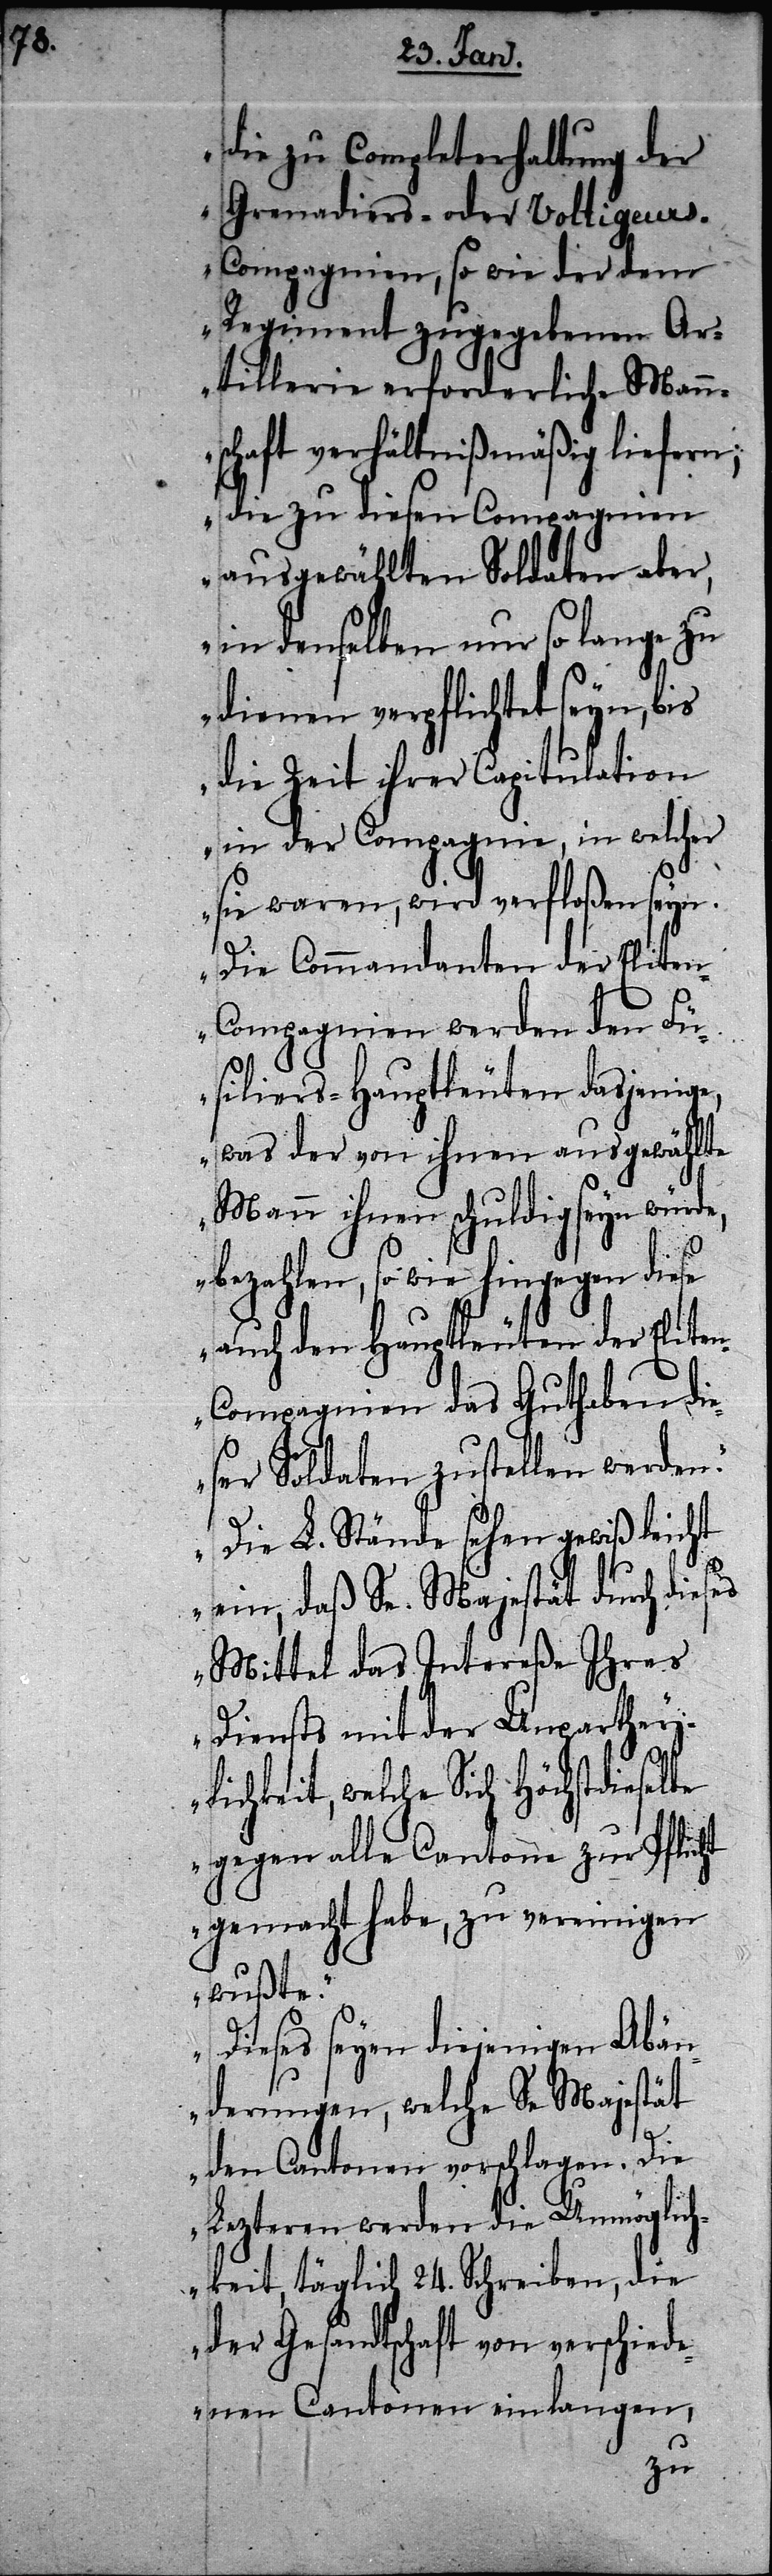
die zu Completerhaltung der
Grenadiers- oder Voltigeur¬
s-Compagnien, so wie der dem
Regiment zugegebenen Ar¬
tillerie erforderliche Mann¬
schaft verhältnißmäßig liefern;
die zu diesen Compagnien
ausgewählten Soldaten aber,
in denselben nur so lange zu
dienen verpflichtet seyn, bis
die Zeit ihrer Capitulation
in der Compagnie, in welcher
sie waren, wird verfloßen seyn.
Die Commandanten der Elite¬
n-Compagnien werden den Fü¬
siliers-Hauptleuten dasjenige,
was der von ihnen ausgewählte
Mann ihnen schuldig seyn würde,
bezahlen, so wie hingegen diese
auch den Hauptleuten der Elite¬
n-Compagnien das Guthaben di¬
eser Soldaten zustellen werden.“
„Die L. Stände sehen gewiß leicht
ein, daß Se. Majestät durch dieses
Mittel das Intereße Ihres
Diensts mit der Unparthei¬
lichkeit, welche Sich Höchstdieselbe
gegen alle Cantone zur Pflicht
gemacht habe, zu vereinigen
wußte.“
„Dieses seyen diejenigen Abän¬
derungen, welche Se Majestät
den Cantonen vorschlagen. Die
Lezteren werden die Unmöglich¬
keit, täglich 24. Schreiben, die
der Gesandtschaft von verschied¬
enen Cantonen einlangen,